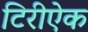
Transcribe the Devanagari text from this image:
टिरीऐक